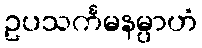
ဥပသင်္ကမနမ္ပာဟံ